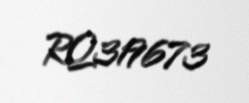
RQ319673